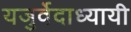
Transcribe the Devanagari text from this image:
यजुर्वेदाध्यायी